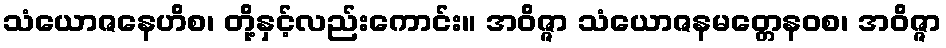
သံယောဇနေဟိစ၊ တို့နှင့်လည်းကောင်း။ အဝိဇ္ဇာ သံယောဇနမတ္တေနဝစ၊ အဝိဇ္ဇာ